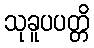
သုခူပပတ္တိ